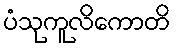
ပံသုကူလိကောတိ